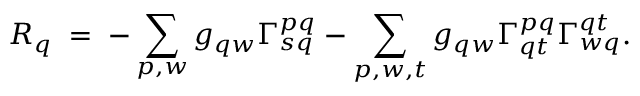
R _ { q } \; = \; - \sum _ { p , w } g _ { q w } \Gamma _ { s q } ^ { p q } - \sum _ { p , w , t } g _ { q w } \Gamma _ { q t } ^ { p q } \Gamma _ { w q } ^ { q t } .